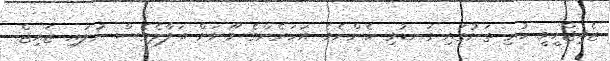
ޒެއިޖްހީވީ ހުރި ތަނުގައި ގަނޑުވި ހެންނެވެ. އަހަރެންގެ މޫނަށް ބަލާލެވެސް ނުލައި ޒެއިޖް